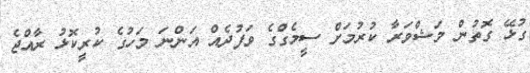
ގުޅޭ ގޮތުން މަޝްވަރާ ކުރުމަށް ސީމެގްގެ ވަފުދެއް އަންނަ މަހުގެ ކުރީކޮޅު ރާއްޖެ